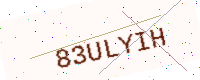
Text: 83ULYIH